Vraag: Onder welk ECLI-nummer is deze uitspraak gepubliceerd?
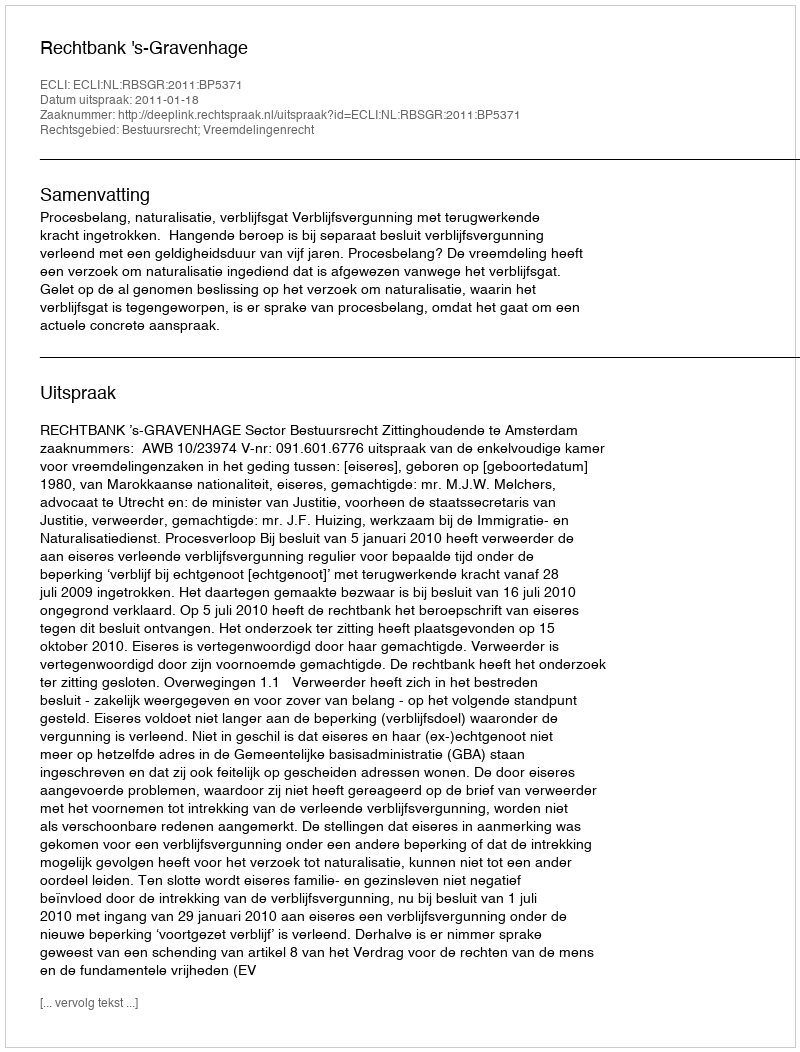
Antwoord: ECLI:NL:RBSGR:2011:BP5371